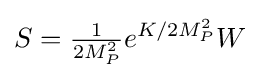
S={\tfrac {1}{2M_{P}^{2}}}e^{K/2M_{P}^{2}}W